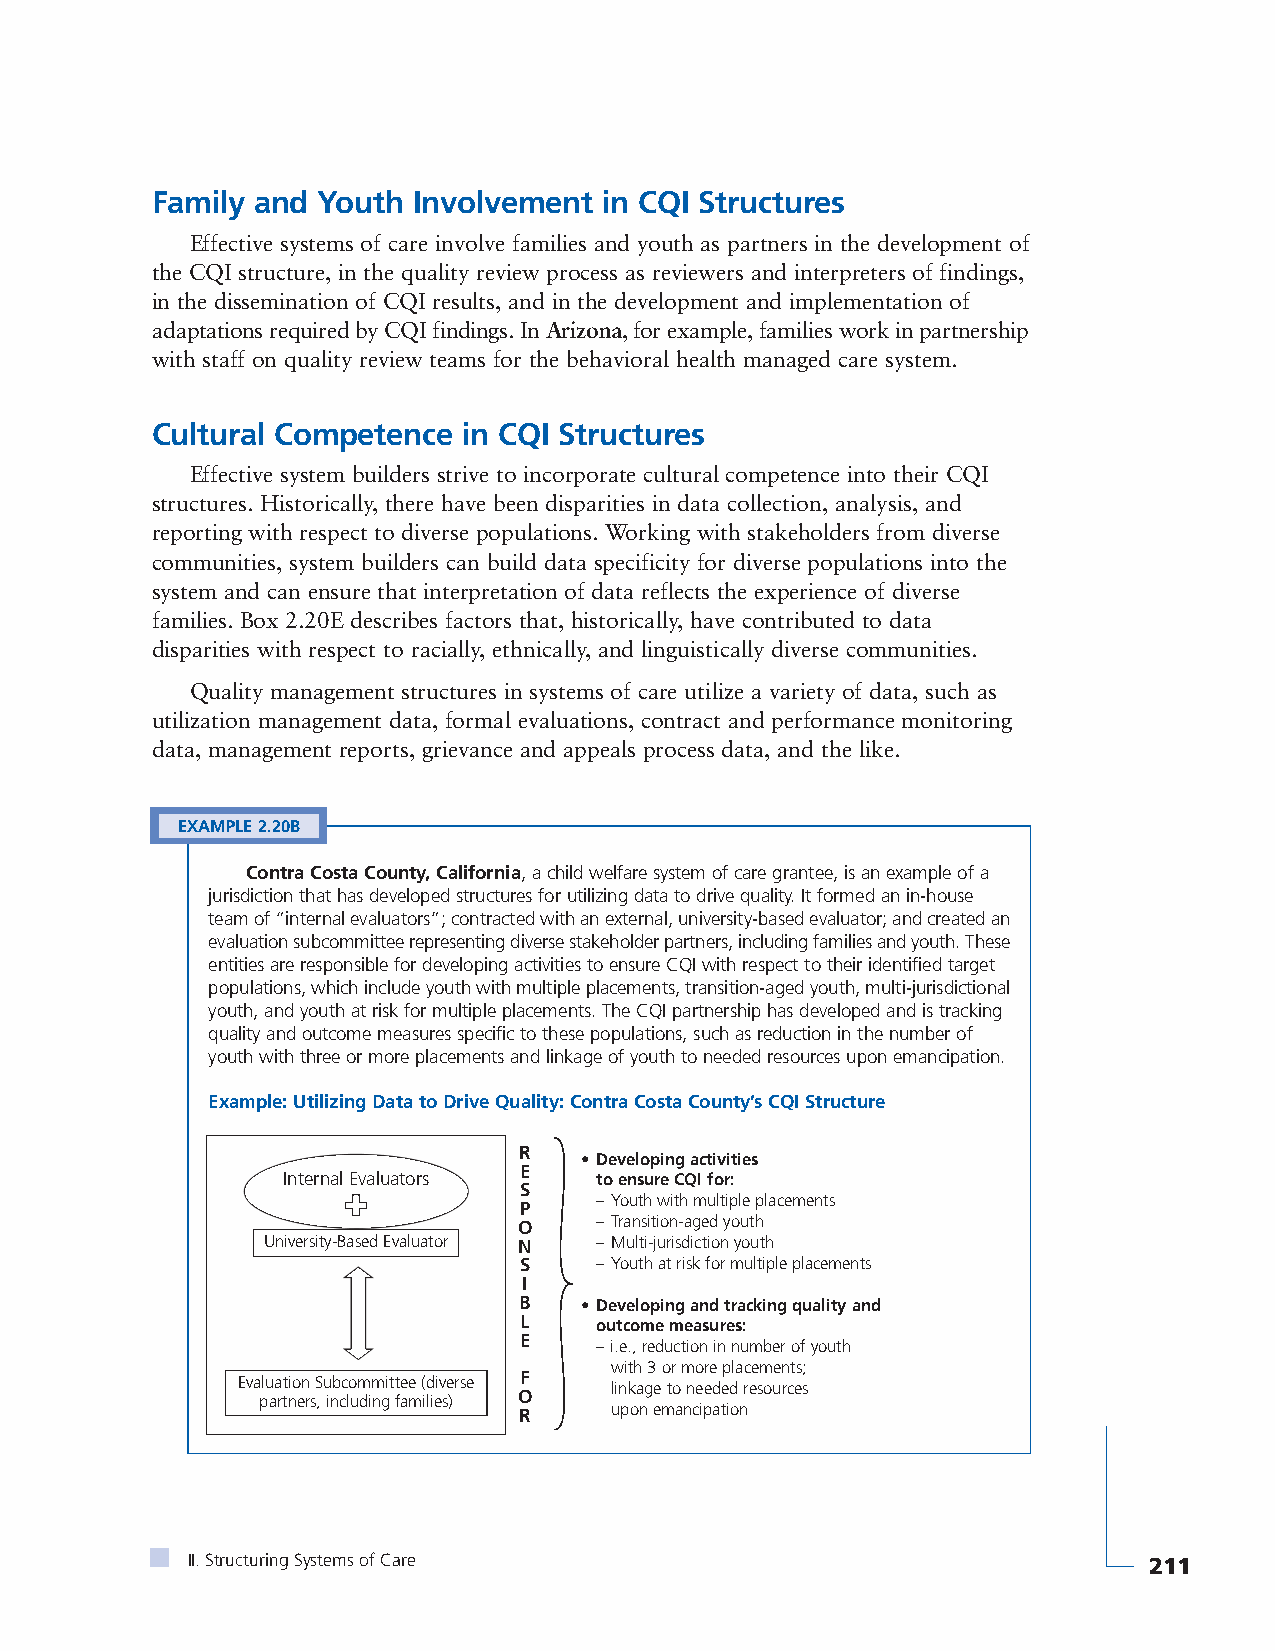
Family and Youth Involvement  in CQI Structures
 Effective systems of care involve families and youth as partners in the development of
 the CQI structure, in the quality review process as reviewers and interpreters of findings,
 in the dissemination of CQI results, and in the development and implementation of
 adaptations required by CQI findings. In Arizona, for example, families work in partnership
 with staff on quality review teams for the behavioral health managed care system.
 Cultural Competence  in CQI Structures
 Effective system builders strive to incorporate cultural competence into their CQI
 structures. Historically, there have been disparities in data collection, analysis, and
 reporting with respect to diverse populations. Working with stakeholders from diverse
 communities, system builders can build data specificity for diverse populations into the
 system and can ensure that interpretation of data reflects the experience of diverse
 families. Box 2.20E describes factors that, historically, have contributed to data
 disparities with respect to racially, ethnically, and linguistically diverse communities.
 Quality management structures in systems of care utilize a variety of data, such as
 utilization management data, formal evaluations, contract and performance monitoring
 data, management reports, grievance and appeals process data, and the like.
 EXAMPLE 2.20B
 Contra Costa County, California, a child welfare system of care grantee, is an example of a
 jurisdiction that has developed structures for utilizing data to drive quality. It formed an in-house
 team of “internal evaluators”; contracted with an external, university-based evaluator; and created an
 evaluation subcommittee representing diverse stakeholder partners, including families and youth. These
 entities are responsible for developing activities to ensure CQI with respect to their identified target
 populations, which include youth with multiple placements, transition-aged youth, multi-jurisdictional
 youth, and youth at risk for multiple placements. The CQI partnership has developed and is tracking
 quality and outcome measures specific to these populations, such as reduction in the number of
 youth with three or more placements and linkage of youth to needed resources upon emancipation.
 Example: Utilizing Data to Drive Quality: Contra Costa County’s CQI Structure
 R
 • Developing activities
 E
 Internal Evaluators to ensure CQI for:
 ++         S
 – Youth with multiple placements
 P
 O    – Transition-aged youth
 University-Based Evaluator N – Multi-jurisdiction youth
 S    – Youth at risk for multiple placements
 I
 B   • Developing and tracking quality and
 L    outcome measures:
 E
 – i.e., reduction in number of youth
 with 3 or more placements;
 Evaluation Subcommittee (diverse F linkage to needed resources
 partners, including families) O
 R     upon emancipation
 II. Structuring Systems of Care                                 211